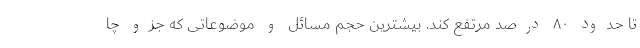
تا حدود ۸۰ درصد مرتفع کند. بیشترین حجم مسائل و موضوعاتی که جزو چا